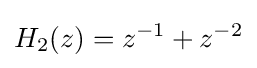
H_{2}(z)=z^{-1}+z^{-2}